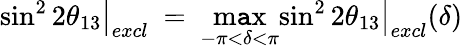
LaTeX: \left.\sin^{2}2\theta_{13}\right|_{excl}\ =\ \operatorname*{m\mathtt{a}x}_{-\pi<\delta<\pi}\left.\sin^{2}2\theta_{13}\right|_{excl}(\delta)